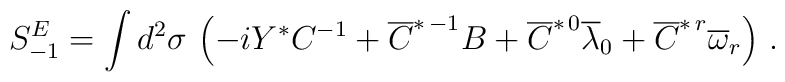
S^E_{-1}  =  \int d^2 \sigma \,  \left(   - i Y^* C^{-1}   + \overline{C}^{*\,-1} B   + \overline{C}^{*\,0} \overline{\lambda}_0   + \overline{C}^{*\,r} \overline{\omega}_r  \right) \, .